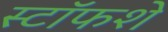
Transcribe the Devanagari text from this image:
स्टॉफशे